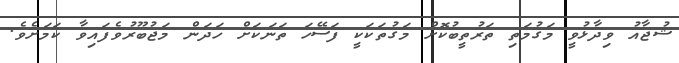
ޝުޖާއު ވިދާޅުވީ މަގުމަތި ތަރުތީބުކޮށް މަގުތަކަކީ ފަސޭހަ ތަނަކަށް ހަދަން މަޖުބޫރުވެފައިވާ ކަމަށެވެ.